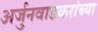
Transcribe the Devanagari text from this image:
अर्जुनवाडकरांच्या